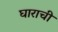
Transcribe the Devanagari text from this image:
घाराची